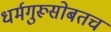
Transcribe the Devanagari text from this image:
धर्मगुरूसोबतच